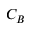
C _ { B }